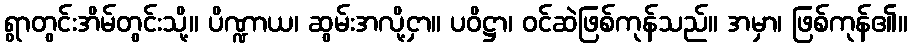
ရွာတွင်းအိမ်တွင်းသို့။ ပိဏ္ဍာယ၊ ဆွမ်းအလို့ငှာ။ ပဝိဋ္ဌာ၊ ဝင်ဆဲဖြစ်ကုန်သည်။ အမှာ၊ ဖြစ်ကုန်၏။